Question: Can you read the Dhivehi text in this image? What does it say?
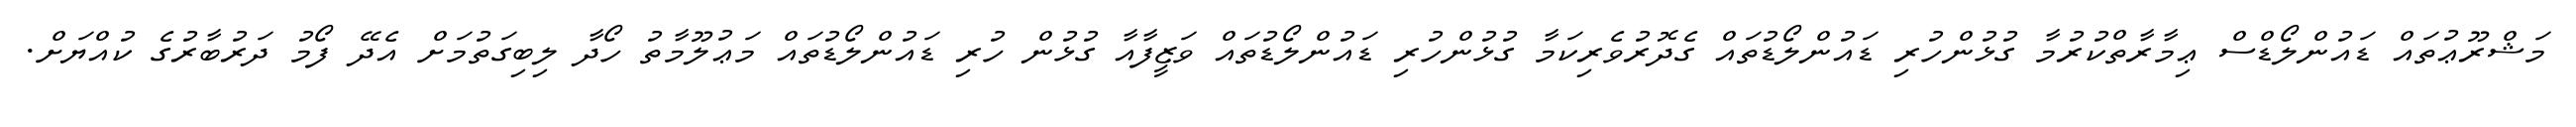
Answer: މަޝްރޫޢުތައް ޑައުންލޯޑްސް ޢިމާރާތްކުރުމާ ގުޅުންހުރި ޑައުންލޯޑުތައް ގެދޮރުވެރިކަމާ ގުޅުންހުރި ޑައުންލޯޑުތައް ވަޒީފާއާ ގުޅުން ހުރި ޑައުންލޯޑުތައް މަޢުލޫމާތު ހޯދާ ލިބިގަތުމަށް އެދޭ ފޯމު ދަރުބާރުގެ ކުއްޔަށް.